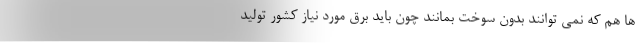
ها هم که نمی توانند بدون سوخت بمانند چون باید برق مورد نیاز کشور تولید